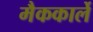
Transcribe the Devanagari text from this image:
मैककार्ले